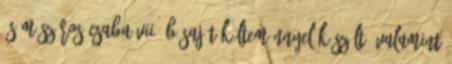
és Mészáros Csaba VII. B saját költeménnyel készült, valamint